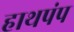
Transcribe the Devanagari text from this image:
हाथपंप